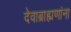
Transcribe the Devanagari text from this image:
देवाब्राह्मणांना